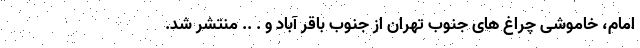
امام، خاموشی چراغ های جنوب تهران از جنوب باقر آباد و . .. منتشر شد.